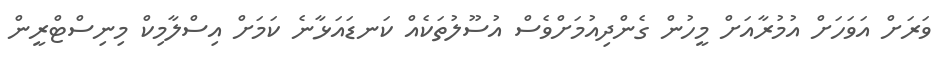
ވަރަށް އަވަހަށް އުމުރާއަށް މީހުން ގެންދިއުމަށްވެސް އުސޫލުތަކެއް ކަނޑައަޅާނެ ކަމަށް އިސްލާމިކް މިނިސްޓްރީން